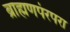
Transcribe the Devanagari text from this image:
ब्राह्मणपंरपरा